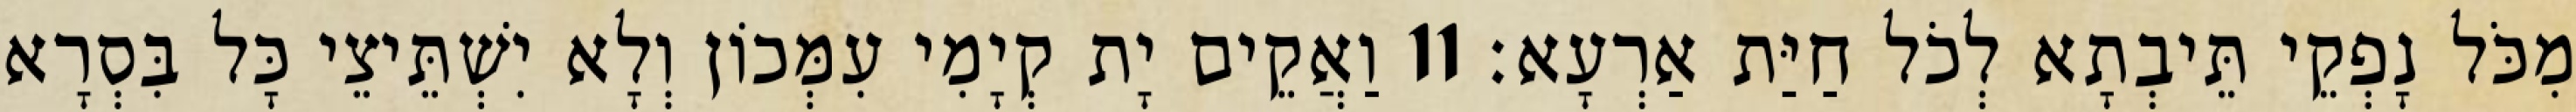
מִכֹּל נָפְקֵי תֵּיבְתָא לְכֹל חַיַּת אַרְעָא׃ 11 וַאֲקֵים יָת קְיָמִי עִמְּכוֹן וְלָא יִשְׁתֵּיצֵי כָּל בִּסְרָא